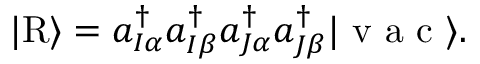
\vert \mathrm { R } \rangle = { a } _ { I \alpha } ^ { \dagger } { a } _ { I \beta } ^ { \dagger } { a } _ { J \alpha } ^ { \dagger } { a } _ { J \beta } ^ { \dagger } \vert \mathrm { ~ v ~ a ~ c ~ } \rangle .